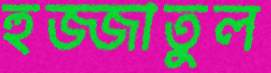
হুজ্জাতুল